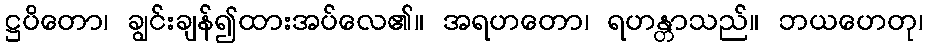
ဋ္ဌပိတော၊ ချွင်းချန်၍ထားအပ်လေ၏။ အရဟတော၊ ရဟန္တာသည်။ ဘယဟေတု၊